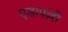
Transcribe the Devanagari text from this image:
एडापल्ली